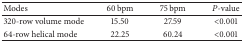
<table><thead><tr><td><b>Modes</b></td><td><b>60 bpm</b></td><td><b>75 bpm</b></td><td><b><i>P</i>-value</b></td></tr></thead><tbody><tr><td>320-row volume mode</td><td>15.50</td><td>27.59</td><td>&lt;0.001</td></tr><tr><td>64-row helical mode</td><td>22.25</td><td>60.24</td><td>&lt;0.001</td></tr></tbody></table>